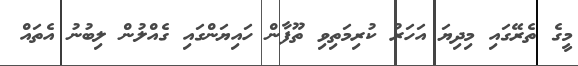
މީގެ ތެރޭގައި މިދިޔަ އަހަރު ކުރިމަތިވި ތޫފާން ހައިޔަންގައި ގެއްލުން ލިބުނު އެތައް